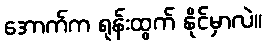
အောက်က ရုန်းထွက် နိုင်မှာလဲ။